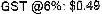
GST @6%: $0.49